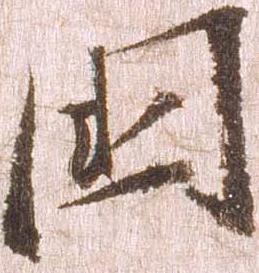
国